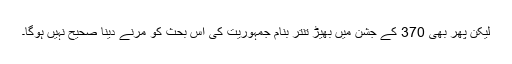
لیکن پھر بھی 370 کے جشن میں بھیڑ تنتر بنام جمہوریت کی اس بحث کو مرنے دینا صحیح نہیں ہوگا۔